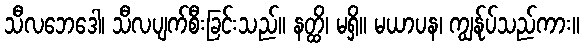
သီလဘေဒေါ၊ သီလပျက်စီးခြင်းသည်။ နတ္ထိ၊ မရှိ။ မယာပန၊ ကျွန်ုပ်သည်ကား။